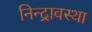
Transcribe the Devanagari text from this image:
निन्द्रावस्था